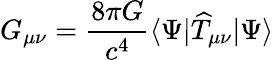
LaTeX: G_{\mu\nu}=\frac{8\pi G}{c^{4}}\langle\Psi\vert\widehat{T}_{\mu\nu}\vert\Psi\rangle